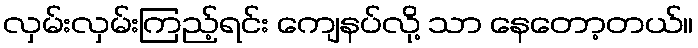
လှမ်းလှမ်းကြည့်ရင်း ကျေနပ်လို့ သာ နေတော့တယ်။